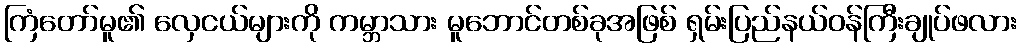
ကြံတော်မူ၏ လှေငယ်များကို ကမ္ဘာသား မူဘောင်တစ်ခုအဖြစ် ရှမ်းပြည်နယ်ဝန်ကြီးချုပ်ဖလား